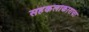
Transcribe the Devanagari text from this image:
सहकलाकाराचा